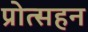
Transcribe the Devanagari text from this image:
प्रोत्सहन